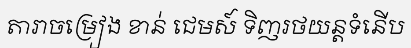
តារាចម្រៀង ខាន់ ជេមស៍ ទិញរថយន្តទំនើប